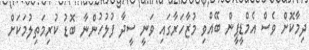
ދިމާކޮށް ވެސް އެމްޑީޕީން ބޭއްވި މުޒާހަރާގައި ވަނީ ސީދާ ފުލުހުންނާ ބޮޑު ކުރިމަތިލުމަކަށް